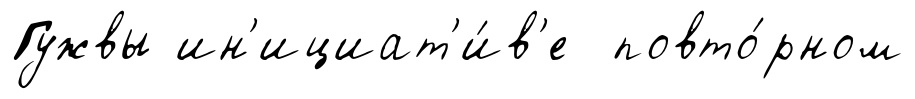
Гужвы ин'ициат'и́в'е повто́рном